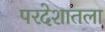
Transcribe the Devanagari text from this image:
परदेशातला